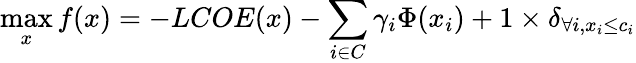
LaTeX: \operatorname*{max}_{x}f(x)=-LCOE(x)-\sum_{i\in C}\gamma_{i}\Phi(x_{i})+1\times\delta_{\forall i,x_{i}\le c_{i}}